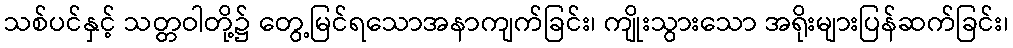
သစ်ပင်နှင့် သတ္တဝါတို့၌ တွေ့မြင်ရသောအနာကျက်ခြင်း၊ ကျိုးသွားသော အရိုးများပြန်ဆက်ခြင်း၊